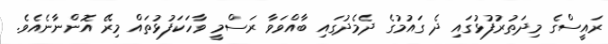
ރައީސްގެ މިދަތުރުފުޅުގައި ދެ ގައުމުގެ ދެމެދުގައި ބާއްވަވާ ރަސްމީ ވާހަކަފުޅުތައް މިރޭ އޮންނާނެއެވެ.